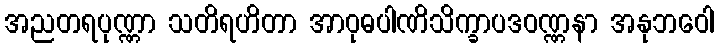
အညတရပုဏ္ဏာ သတိရဟိတာ အာဝုဓပါဏိသိက္ခာပဒဝဏ္ဏနာ အနုဘဝေါ